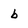
Character: b